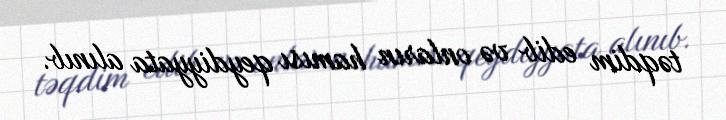
təqdim edib və onların hamısı qeydiyyata alınıb.